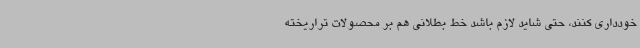
خودداری کنند، حتی شاید لازم باشد خط بطلانی هم بر محصولات تراریخته